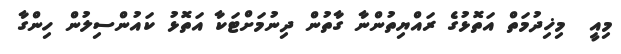
މިއީ  މިޚިދުމަތް އަތޮޅުގެ ރައްޔިތުންނާ ގާތުން ދިނުމަށްޓަކާ އަތޮޅު ކައުންސިލުން ހިންގާ